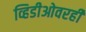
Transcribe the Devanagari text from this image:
व्हिडीओवरही